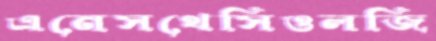
এনেসথেসিওলজি